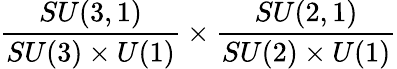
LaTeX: \frac{SU(3,1)}{SU(3)\times U(1)}\times\frac{SU(2,1)}{SU(2)\times U(1)}